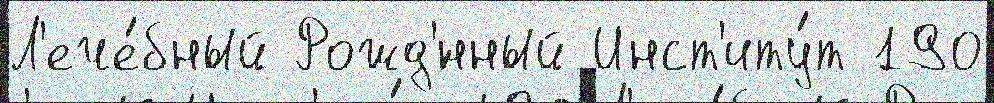
Л'ече́бный Рожд'́нный Инст'иту́т 190